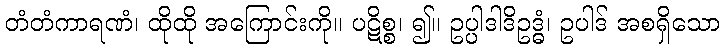
တံတံကာရဏံ၊ ထိုထို အကြောင်းကို။ ပဋိစ္စ၊ ၍။ ဥပ္ပါဒါဒိဥဒ္ဓံ၊ ဥပါဒ် အစရှိသော